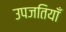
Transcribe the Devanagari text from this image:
उपजतियाँ